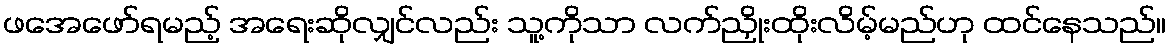
ဖအေဖော်ရမည့် အရေးဆိုလျှင်လည်း သူ့ကိုသာ လက်ညှိုးထိုးလိမ့်မည်ဟု ထင်နေသည်။